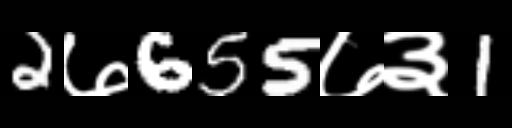
Text: 2७655७३1